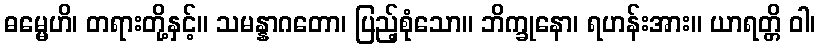
ဓမ္မေဟိ၊ တရားတို့နှင့်။ သမန္နာဂတော၊ ပြည့်စုံသော။ ဘိက္ခုနော၊ ရဟန်းအား။ ယာရတ္တိ ဝါ၊